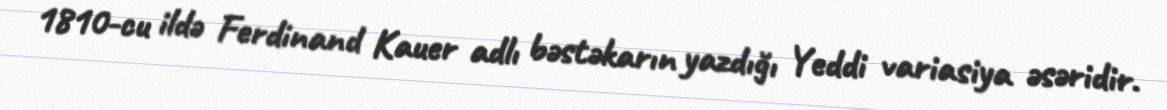
1810-cu ildə Ferdinand Kauer adlı bəstəkarın yazdığı Yeddi variasiya əsəridir.